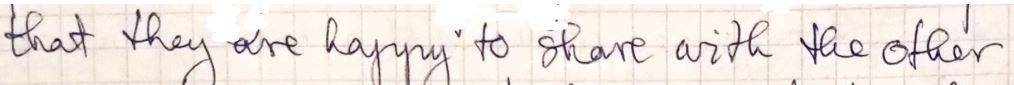
that they are happy to share with the other